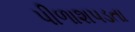
પીળાશપડતા